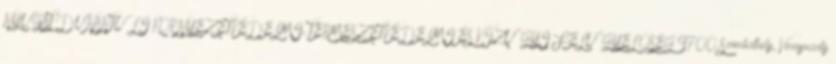
NYUGAT-DUNÁNTÚLI KÖRNYEZETVÉDELMI, TERMÉSZETVÉDELMI ÉS VÍZÜGYI FELÜGYELŐSÉG 9700 Szombathely, Vörösmarty